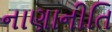
નાણાનીતિ